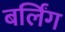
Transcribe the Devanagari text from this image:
बर्लिंग